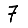
Digit: 7